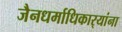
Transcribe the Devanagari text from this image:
जैनधर्माधिकार्‍यांना